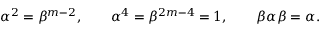
\alpha ^ { 2 } = \beta ^ { m - 2 } , \qquad \alpha ^ { 4 } = \beta ^ { 2 m - 4 } = 1 , \qquad \beta \alpha \beta = \alpha .